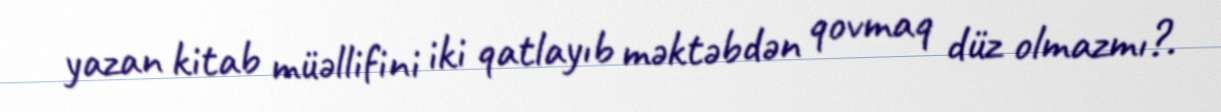
yazan kitab müəllifini iki qatlayıb məktəbdən qovmaq düz olmazmı?.